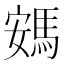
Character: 𮪂